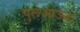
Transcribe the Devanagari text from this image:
पुलआऊट